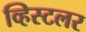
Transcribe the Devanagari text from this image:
व्हिस्टलर